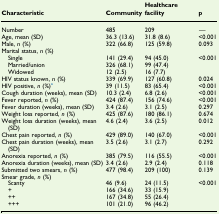
<table><thead><tr><td><b>Characteristic</b></td><td><b>Community</b></td><td><b>Healthcare facility</b></td><td><b>p</b></td></tr></thead><tbody><tr><td>Number</td><td>485</td><td>209</td><td>—</td></tr><tr><td>Age, mean (SD)</td><td>36.3 (13.6)</td><td>31.8 (8.6)</td><td>&lt;0.001</td></tr><tr><td>Male, <i>n</i> (%)</td><td>322 (66.8)</td><td>125 (59.8)</td><td>0.093</td></tr><tr><td colspan="4">Marital status, <i>n</i> (%)</td></tr><tr><td> Single</td><td>141 (29.4)</td><td>94 (45.0)</td><td>&lt;0.001</td></tr><tr><td> Married/union</td><td>326 (68.1)</td><td>99 (47.4)</td><td></td></tr><tr><td> Widowed</td><td>12 (2.5)</td><td>16 (7.7)</td><td></td></tr><tr><td>HIV status known, <i>n</i> (%)</td><td>339 (69.9)</td><td>127 (60.8)</td><td>0.024</td></tr><tr><td>HIV positive, <i>n</i> (%)a</td><td>39 (11.5)</td><td>83 (65.4)</td><td>&lt;0.001</td></tr><tr><td>Cough duration (weeks), mean (SD)</td><td>10.3 (2.4)</td><td>6.8 (2.6)</td><td>&lt;0.001</td></tr><tr><td>Fever reported, <i>n</i> (%)</td><td>424 (87.4)</td><td>156 (74.6)</td><td>&lt;0.001</td></tr><tr><td>Fever duration (weeks), mean (SD)</td><td>3.4 (2.6)</td><td>3.1 (2.5)</td><td>0.297</td></tr><tr><td>Weight loss reported, <i>n</i> (%)</td><td>425 (87.6)</td><td>180 (86.1)</td><td>0.674</td></tr><tr><td>Weight loss duration (weeks), mean (SD)</td><td>4.6 (2.4)</td><td>3.6 (2.5)</td><td>0.012</td></tr><tr><td>Chest pain reported, <i>n</i> (%)</td><td>429 (89.0)</td><td>140 (67.0)</td><td>&lt;0.001</td></tr><tr><td>Chest pain duration (weeks), mean (SD)</td><td>3.5 (2.6)</td><td>3.1 (2.7)</td><td>0.292</td></tr><tr><td>Anorexia reported, <i>n</i> (%)</td><td>385 (79.5)</td><td>116 (55.5)</td><td>&lt;0.001</td></tr><tr><td>Anorexia duration (weeks), mean (SD)</td><td>3.4 (2.6)</td><td>2.9 (2.4)</td><td>0.118</td></tr><tr><td>Submitted two smears, <i>n</i> (%)</td><td>477 (98.4)</td><td>209 (100)</td><td>0.139</td></tr><tr><td colspan="4">Smear grade, <i>n</i> (%)</td></tr><tr><td> Scanty</td><td>46 (9.6)</td><td>24 (11.5)</td><td>&lt;0.001</td></tr><tr><td> +</td><td>166 (34.6)</td><td>33 (15.9)</td><td></td></tr><tr><td> ++</td><td>167 (34.8)</td><td>55 (26.4)</td><td></td></tr><tr><td> +++</td><td>101 (21.0)</td><td>96 (46.2)</td><td></td></tr></tbody></table>